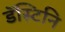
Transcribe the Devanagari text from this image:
डॅस्टिनि